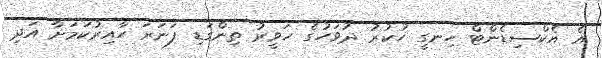
އެ އެކްސިޑެންޓް ހިނގީ ހުކުރު ދުވަހުގެ ހަވީރު ތިންގަޑި ފަނަރަ ހާއިރުކަމަށާ އަދި